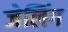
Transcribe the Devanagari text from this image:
जेलिंग